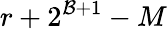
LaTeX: r+2^{\mathcal{B}+1}-M